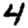
Digit: 4